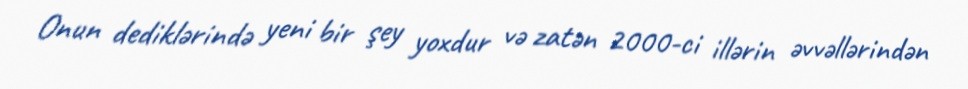
Onun dediklərində yeni bir şey yoxdur və zatən 2000-ci illərin əvvəllərindən